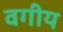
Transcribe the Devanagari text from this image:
वगीय